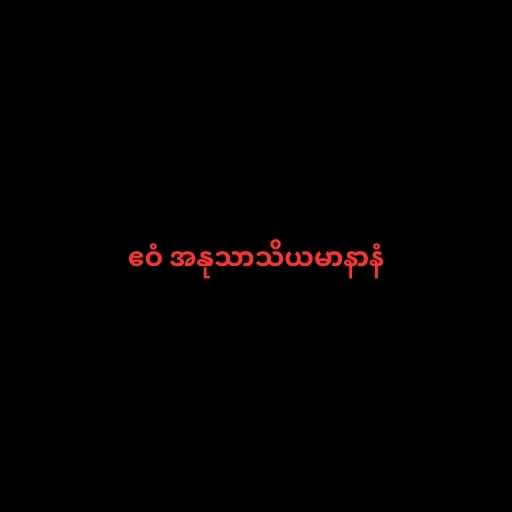
ဧဝံ အနုသာသိယမာနာနံ